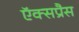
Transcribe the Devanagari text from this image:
ऍक्सप्रैस